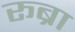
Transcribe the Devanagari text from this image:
रूब्रा